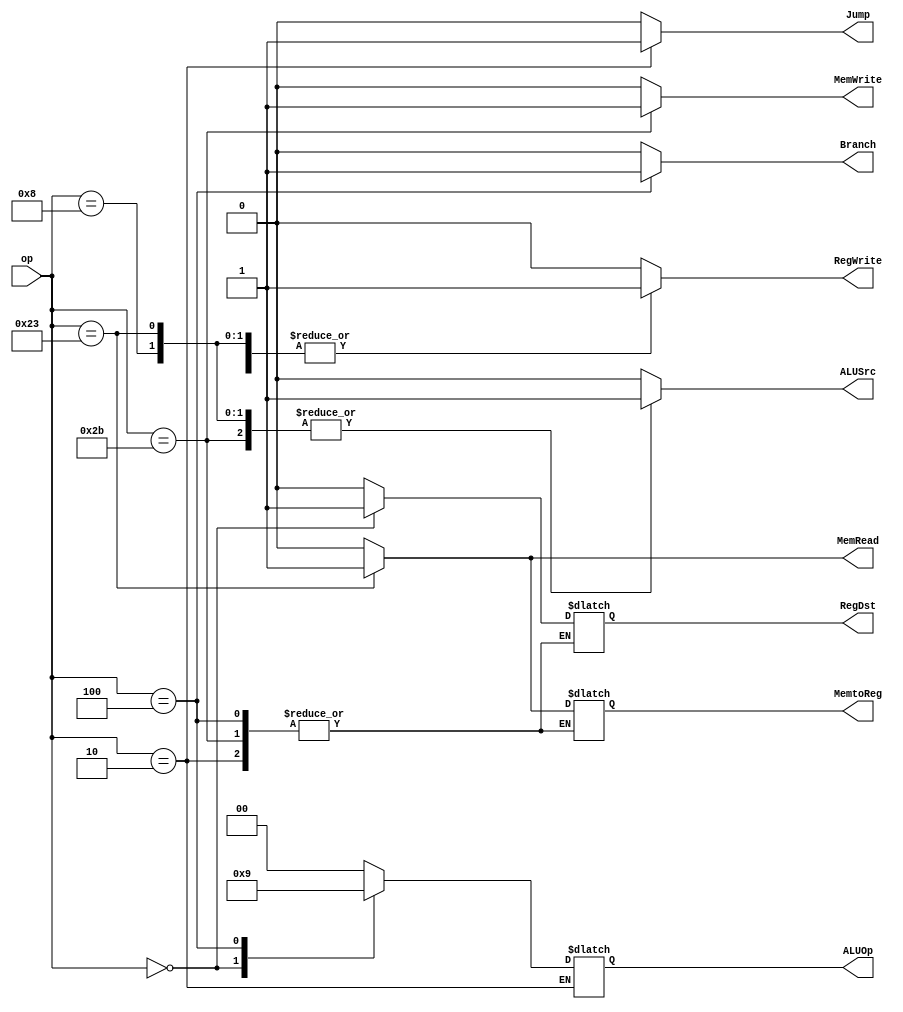
module ctrl(op, RegDst, RegWrite, ALUSrc, MemRead, MemWrite, MemtoReg, Jump, Branch, ALUOp);
	input		[5:0]	op;
	output	reg			RegDst;
	output	reg			RegWrite;
	output	reg			ALUSrc;
	output	reg			MemRead;
	output	reg			MemWrite;
	output	reg			MemtoReg;
	output	reg			Jump;
	output	reg			Branch;
	output	reg	[1:0]	ALUOp;

	parameter 	R			= 6'b000000,
				LW			= 6'b100011,
				SW			= 6'b101011,
				BEQ			= 6'b000100,
				J			= 6'b000010,
				ADDI		= 6'b001000;

	initial begin
		RegDst = 0;
		ALUSrc = 0;
		MemtoReg = 0;
		RegWrite = 0;
		MemRead = 0;
		MemWrite = 0;
		Jump = 0;
		Branch = 0;
		ALUOp = 2'b00;
	end

	always @(*) begin
		case (op)
			R: begin
				RegDst = 1;
				ALUSrc = 0;
				MemtoReg = 0;
				RegWrite = 1;
				MemRead = 0;
				MemWrite = 0;
				Jump = 0;
				Branch = 0;
				ALUOp = 2'b10;
			end

			LW: begin
				RegDst = 0;
				ALUSrc = 1;
				MemtoReg = 1;
				RegWrite = 1;
				MemRead = 1;
				MemWrite = 0;
				Jump = 0;
				Branch = 0;
				ALUOp = 2'b00;
			end

			SW: begin
				ALUSrc = 1;
				RegWrite = 0;
				MemRead = 0;
				MemWrite = 1;
				Jump = 0;
				Branch = 0;
				ALUOp = 2'b00;
			end

			BEQ: begin
				ALUSrc = 0;
				RegWrite = 0;
				MemRead = 0;
				MemWrite = 0;
				Jump = 0;
				Branch = 1;
				ALUOp = 2'b01;
			end

			J: begin
				ALUSrc = 0;
				RegWrite = 0;
				MemRead = 0;
				MemWrite = 0;
				Jump = 1;
				Branch = 0;
			end

			ADDI: begin
				RegDst = 0;
				ALUSrc = 1;
				MemtoReg = 0;
				RegWrite = 1;
				MemRead = 0;
				MemWrite = 0;
				Jump = 0;
				Branch = 0;
				ALUOp = 2'b00;
			end

			default: begin
				RegDst = 0;
				ALUSrc = 0;
				MemtoReg = 0;
				RegWrite = 0;
				MemRead = 0;
				MemWrite = 0;
				Jump = 0;
				Branch = 0;
				ALUOp = 2'b00;
			end
		endcase
	end

endmodule